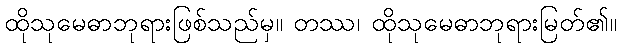
ထိုသုမေဓာဘုရားဖြစ်သည်မှ။ တဿ၊ ထိုသုမေဓာဘုရားမြတ်၏။